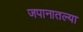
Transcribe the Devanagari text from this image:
जपानातल्या